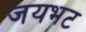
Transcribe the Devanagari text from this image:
जयभट